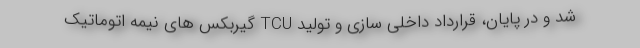
شد و در پایان، قرارداد داخلی سازی و تولید TCU گیربکس های نیمه اتوماتیک